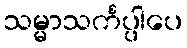
သမ္မာသင်္ကပ္ပါပေ